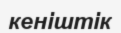
кеніштік